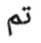
تم